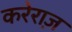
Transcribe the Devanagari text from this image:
करेराज़